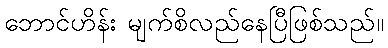
ဘောင်ဟိန်း မျက်စိလည်နေပြီဖြစ်သည်။